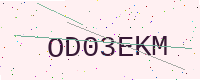
Text: OD03EKM